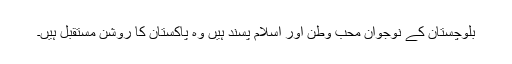
بلوچستان کے نوجوان محب وطن اور اسلام پسند ہیں وہ پاکستان کا روشن مستقبل ہیں۔